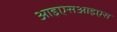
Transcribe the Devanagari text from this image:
आइएसआइएस